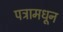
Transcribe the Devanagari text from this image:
पत्रामधून